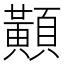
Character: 𪏔